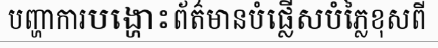
បញ្ហាការបង្ហោះព័ត៌មានបំផ្លើសបំភ្លៃខុសពី